Report on vaccination in Madras 1922-1929 - 1922-1929
Year: 1922
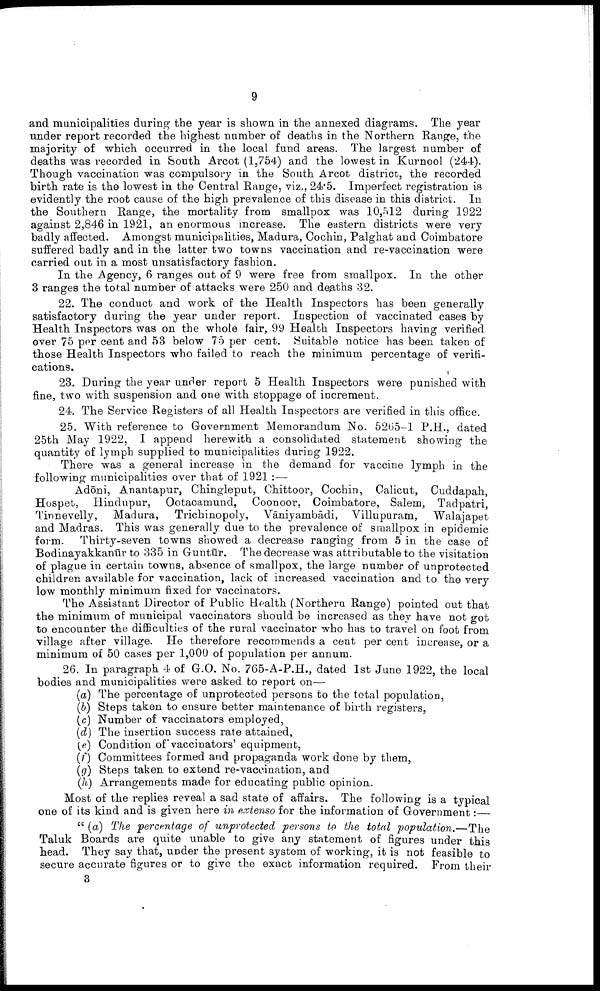
9
and municipalities during the year is shown in the annexed diagrams. The year
under report recorded the highest number of deaths in the Northern Range, the
majority of which occurred in the local fund areas. The largest number of
deaths was recorded in South Arcot (1,754) and the lowest in Kurnool (244).
Though vaccination was compulsory in the South Arcot district, the recorded
birth rate is the lowest in the Central Range, viz., 24.5. Imperfect registration is
evidently the root cause of the high prevalence of this disease in this district. In
the Southern Range, the mortality from smallpox was 10,512 during 1922
against 2,846 in 1921, an enormous increase. The eastern districts were very
badly affected. Amongst municipalities, Madura, Cochin, Palghat and Coimbatore
suffered badly and in the latter two towns vaccination and re-vaccination were
carried out in a most unsatisfactory fashion.
In the Agency, 6 ranges out of 9 were free from smallpox. In the other
3 ranges the total number of attacks were 250 and deaths 32.
22. The conduct and work of the Health Inspectors has been generally
satisfactory during the year under report. Inspection of vaccinated cases by
Health Inspectors was on the whole fair, 99 Health Inspectors having verified
over 75 per cent and 53 below 75 per cent. Suitable notice has been taken of
those Health Inspectors who failed to reach the minimum percentage of verifi
cations.
23. During the year under report 5 Health Inspectors were punished with
fine, two with suspension and one with stoppage of increment.
24. The Service Registers of all Health Inspectors are verified in this office.
25. With reference to Government Memorandum No. 5265-1 P.H., dated
25th May 1922, I append herewith a consolidated statement showing the
quantity of lymph supplied to municipalities during 1922.
There was a general increase in the demand for vaccine lymph in the
following municipalities over that of 1921 :—
Adōni, Anantapur, Chingleput, Chittoor, Cochin, Calicut, Cuddapah,
Hospet, Hindupur, Ootacamund, Coonoor, Coimbatore, Salem, Tadpatri,
Tinnevelly, Madura, Trichinopoly, Vāniyambādi, Villupuram, Walajapet
and Madras. This was generally due to the prevalence of smallpox in epidemic
form. Thirty-seven towns showed a decrease ranging from 5 in the case of
Bodinayakkanūr to 335 in Guntūr. The decrease was attributable to the visitation
of plague in certain towns, absence of smallpox, the large number of unprotected
children available for vaccination, lack of increased vaccination and to the very
low monthly minimum fixed for vaccinators.
The Assistant Director of Public Health (Northern Range) pointed out that
the minimum of municipal vaccinators should be increased as they have not got
to encounter the difficulties of the rural vaccinator who has to travel on foot from
village after village. He therefore recommends a cent per cent increase, or a
minimum of 50 cases per 1,000 of population per annum.
26. In paragraph 4 of G.O. No. 765-A-P.H., dated 1st June 1922, the local
bodies and municipalities were asked to report on—
(a) The percentage of unprotected persons to the total population,
(b) Steps taken to ensure better maintenance of birth registers,
(c) Number of vaccinators employed,
(d) The insertion success rate attained,
(e) Condition of vaccinators' equipment,
(f) Committees formed and propaganda work done by them,
(g) Steps taken to extend re-vaccination, and
(h) Arrangements made for educating public opinion.
Most of the replies reveal a sad state of affairs. The following is a typical
one of its kind and is given here in extenso for the information of Government:—
" (a) The percentage of unprotected persons to the total population.—The
Taluk Boards are quite unable to give any statement of figures under this
head. They say that, under the present system of working, it is not feasible to
secure accurate figures or to give the exact information required. From their
3